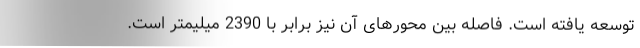
توسعه یافته است. فاصله بین محورهای آن نیز برابر با 2390 میلیمتر است.